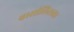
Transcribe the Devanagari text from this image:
बासीलिसका